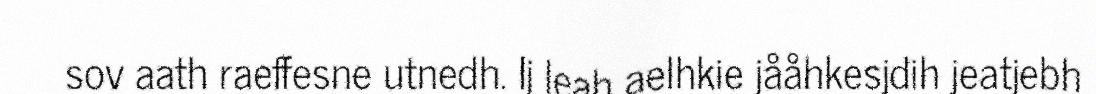
sov aath raeffesne utnedh. Ij leah aelhkie jååhkesjdih jeatjebh